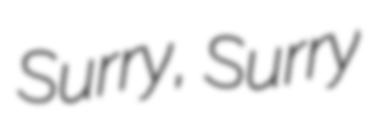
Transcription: Surry, Surry